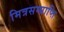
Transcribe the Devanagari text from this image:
मित्रसम्प्राप्ति